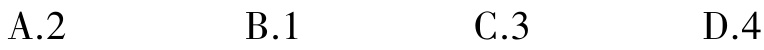
A.2  B.1  C.3  D.4